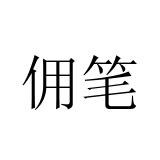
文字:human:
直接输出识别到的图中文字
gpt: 佣笔